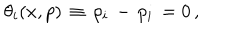
\theta _ { i } ( x , p ) \, \equiv \, \rho _ { i } \, - \, p _ { i } \, = 0 \, ,